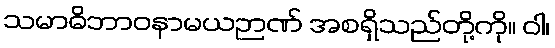
သမာဓိဘာဝနာမယဉာဏ် အစရှိသည်တို့ကို။ ဝါ၊